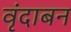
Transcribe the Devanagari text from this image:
वृंदाबन